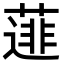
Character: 𮑋